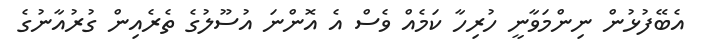
އެބޭފުޅުން ނިންމަވާނީ ހުރިހާ ކަމެއް ވެސް އެ އޮންނަ އުސޫލުގެ ތެރެއިން ގުރުއާނުގެ